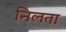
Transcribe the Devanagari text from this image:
निलता